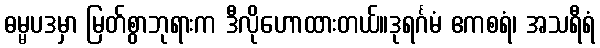
ဓမ္မပဒမှာ မြတ်စွာဘုရားက ဒီလိုဟောထားတယ်။ဒုရင်္ဂမံ ဧကစရံ၊ အသရီရံ